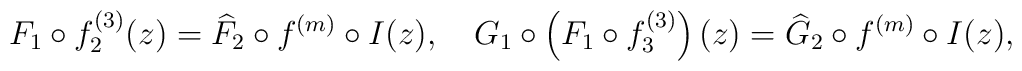
F_1\circ f^{(3)}_2(z)=\widehat{F}_2\circ f^{(m)}\circ I(z), \quad G_1\circ \left(F_1\circ f^{(3)}_3\right)(z)=\widehat{G}_2\circ f^{(m)}\circ I(z),